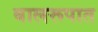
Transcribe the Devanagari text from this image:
बालरूपात